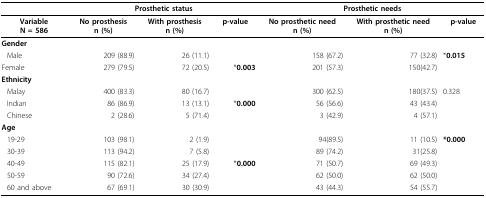
|  | <COLSPAN=3> Prosthetic status | <COLSPAN=3> Prosthetic needs |
 | --- | --- | --- | --- | --- | --- | --- |
 | VariableN = 586 | No prosthesisn (%) | With prosthesisn (%) | p-value | No prosthetic needn (%) | With prosthetic needn (%) | p-value |
 | <COLSPAN=7> Gender |
 | Male | 209 (88.9) | 26 (11.1) |  | 158 (67.2) | 77 (32.8) | *0.015 |
 | Female | 279 (79.5) | 72 (20.5) | *0.003 | 201 (57.3) | 150(42.7) |  |
 | <COLSPAN=7> Ethnicity |
 | Malay | 400 (83.3) | 80 (16.7) |  | 300 (62.5) | 180(37.5) | 0.328 |
 | Indian | 86 (86.9) | 13 (13.1) | *0.000 | 56 (56.6) | 43 (43.4) |  |
 | Chinese | 2 (28.6) | 5 (71.4) |  | 3 (42.9) | 4 (57.1) |  |
 | <COLSPAN=7> Age |
 | 19-29 | 103 (98.1) | 2 (1.9) |  | 94(89.5) | 11 (10.5) | *0.000 |
 | 30-39 | 113 (94.2) | 7 (5.8) |  | 89 (74.2) | 31(25.8) |  |
 | 40-49 | 115 (82.1) | 25 (17.9) | *0.000 | 71 (50.7) | 69 (49.3) |  |
 | 50-59 | 90 (72.6) | 34 (27.4) |  | 62 (50.0) | 62 (50.0) |  |
 | 60 and above | 67 (69.1) | 30 (30.9) |  | 43 (44.3) | 54 (55.7) |  |